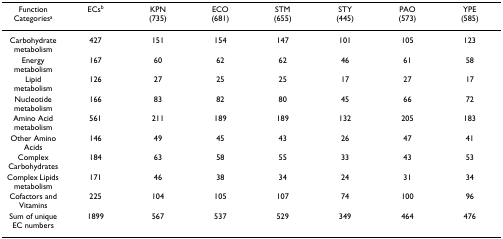
| Function Categoriesa | ECsb | KPN(735) | ECO(681) | STM(655) | STY(445) | PAO(573) | YPE(585) |
 | --- | --- | --- | --- | --- | --- | --- | --- |
 | Carbohydrate metabolism | 427 | 151 | 154 | 147 | 101 | 105 | 123 |
 | Energy metabolism | 167 | 60 | 62 | 62 | 46 | 61 | 58 |
 | Lipid metabolism | 126 | 27 | 25 | 25 | 17 | 27 | 17 |
 | Nucleotide metabolism | 166 | 83 | 82 | 80 | 45 | 66 | 72 |
 | Amino Acid metabolism | 561 | 211 | 189 | 189 | 132 | 205 | 183 |
 | Other Amino Acids | 146 | 49 | 45 | 43 | 26 | 47 | 41 |
 | Complex Carbohydrates | 184 | 63 | 58 | 55 | 33 | 43 | 53 |
 | Complex Lipids metabolism | 171 | 46 | 38 | 34 | 24 | 31 | 34 |
 | Cofactors and Vitamins | 225 | 104 | 105 | 107 | 74 | 100 | 96 |
 | Sum of unique EC numbers | 1899 | 567 | 537 | 529 | 349 | 464 | 476 |